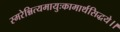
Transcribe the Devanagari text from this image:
स्मरेन्नित्यमायुःकामार्थसिद्धये।।